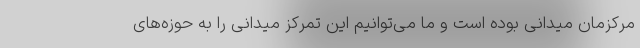
مرکزمان میدانی بوده است و ما می‌توانیم این تمرکز میدانی را به حوزه‌های